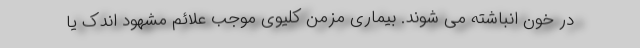
در خون انباشته می شوند. بیماری مزمن کلیوی موجب علائم مشهود اندک یا